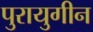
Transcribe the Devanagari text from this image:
पुरायुगीन